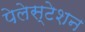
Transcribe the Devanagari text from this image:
पेलेस्टेशन